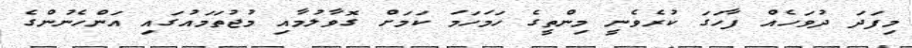
މިފަދަ ދުވަހެއް ފާހަގަ ކުރެވެނީ މިންތީގެ ހަމަހަމަ ކަމަށް ގޮވާލުމާއި މުޖުތަމައުގައި އަންހެނުންގެ